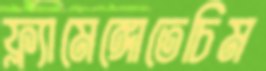
ফ্ল্যামেঙ্গোতেচিম